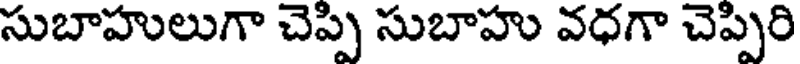
సుబాహులుగా చెప్పి సుబాహు వధగా చెప్పిరి